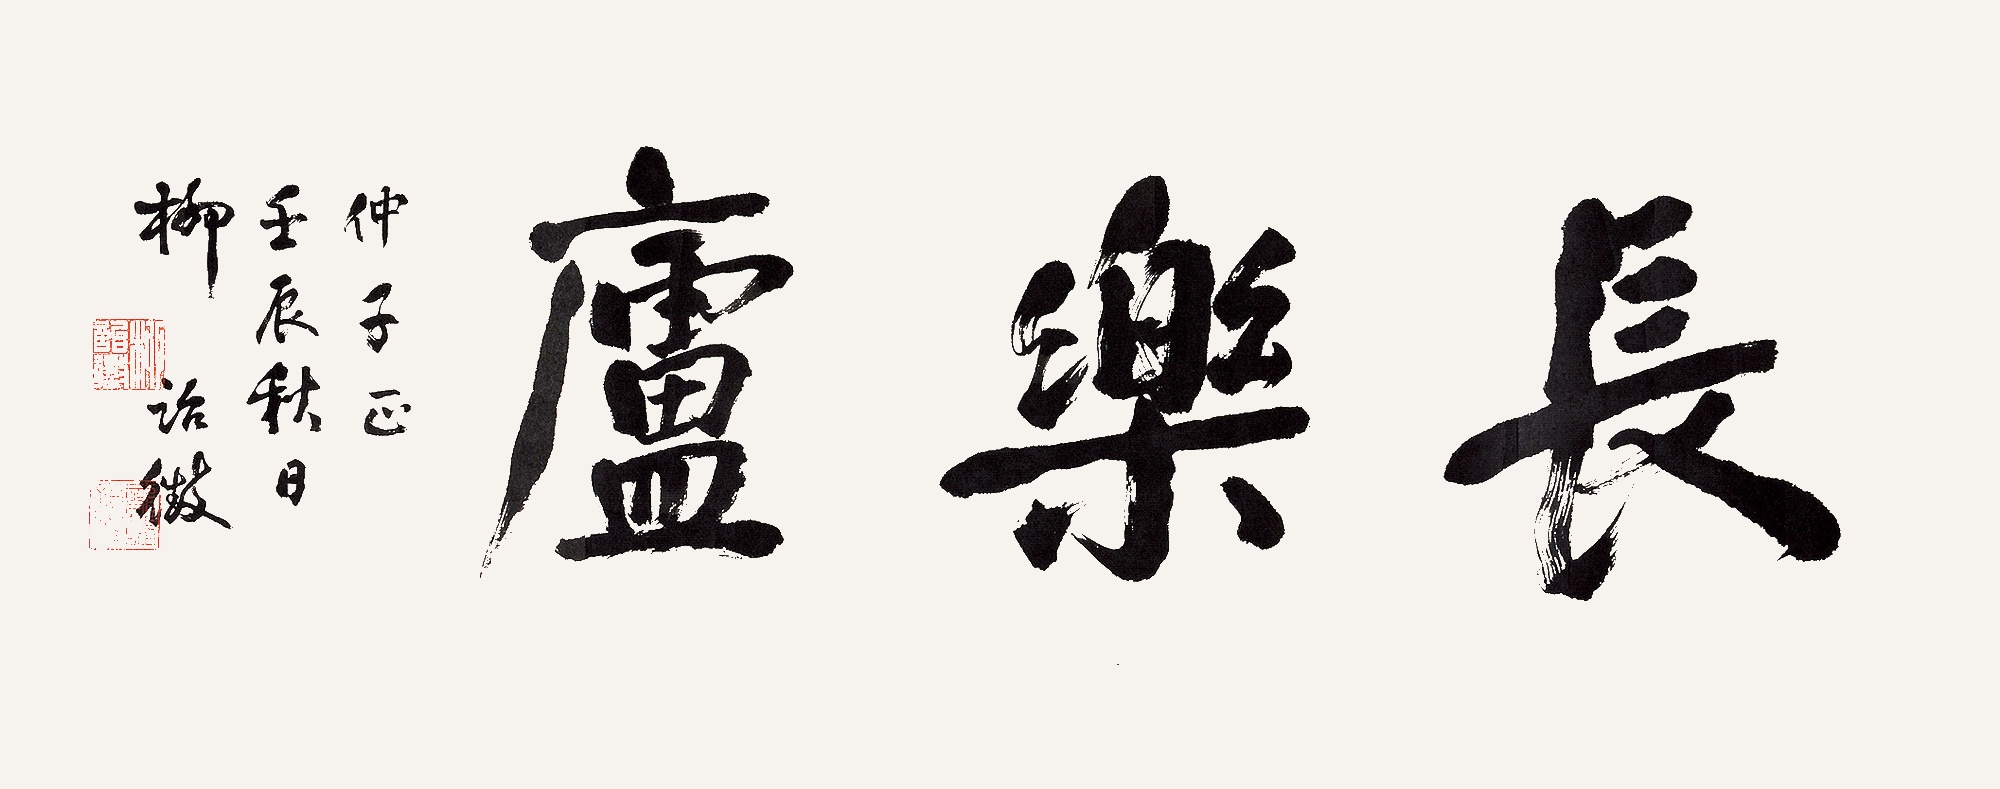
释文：长乐庐仲子正，壬辰秋日柳诒征。